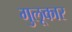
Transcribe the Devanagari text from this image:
गुलूकार